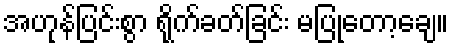
အဟုန်ပြင်းစွာ ရိုက်ခတ်ခြင်း မပြုတော့ချေ။